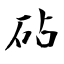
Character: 砧